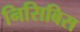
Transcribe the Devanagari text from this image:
निसिबिस